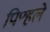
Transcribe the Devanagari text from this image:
पि॰हले